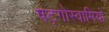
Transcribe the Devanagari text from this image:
षट्गोस्वामियों